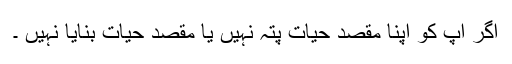
اگر آپ کو اپنا مقصدِ حیات پتہ نہیں یا مقصدِ حیات بنایا نہیں ۔